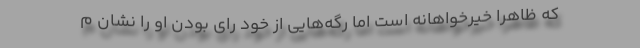
که ظاهرا خیرخواهانه است اما رگه‌هایی از خود رای بودن او را نشان م